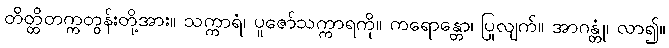
တိတ္ထိတက္ကတွန်းတို့အား။ သက္ကာရံ၊ ပူဇော်သက္ကာရကို။ ကရောန္တော၊ ပြုလျက်။ အာဂန္တုံ၊ လာ၍။